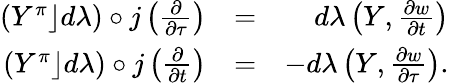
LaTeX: \begin{array}{rlr}{(Y^{\pi}\rfloor d\lambda)\circ j\left(\frac{\partial}{\partial\tau}\right)}&{=}&{d\lambda\left(Y,\frac{\partial w}{\partial t}\right)}\\ {(Y^{\pi}\rfloor d\lambda)\circ j\left(\frac{\partial}{\partial t}\right)}&{=}&{-d\lambda\left(Y,\frac{\partial w}{\partial\tau}\right).}\end{array}